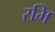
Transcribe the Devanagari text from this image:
रमि